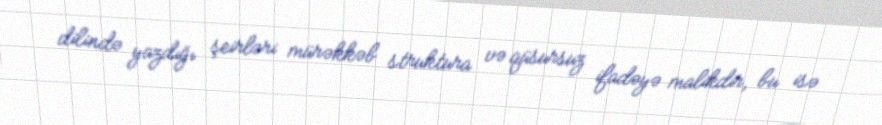
dilində yazdığı şeirləri mürəkkəb struktura və qüsursuz ifadəyə malikdir, bu isə